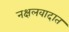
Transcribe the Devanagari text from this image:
नक्षलवादात